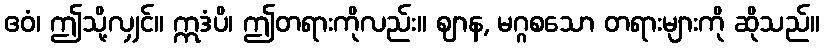
ဧဝံ၊ ဤသို့လျှင်။ ဣဒံပိ၊ ဤတရားကိုလည်း။ ဈာန, မဂ္ဂစသော တရားများကို ဆိုသည်။